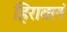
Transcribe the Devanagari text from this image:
हिरावलं